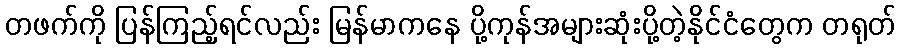
တဖက်ကို ပြန်ကြည့်ရင်လည်း မြန်မာကနေ ပို့ကုန်အများဆုံးပို့တဲ့နိုင်ငံတွေက တရုတ်